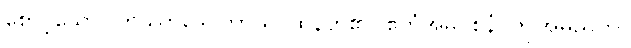
စောင့်သော။ တဿာဒေဝတာယ၊ ထိုနတ်၏။ ဧတံအဓိဝစနံ၊ ဤအမည်ကို။